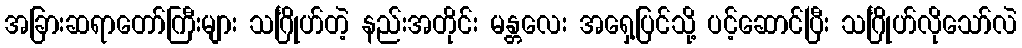
အခြားဆရာတော်ကြီးများ သင်္ဂြိုဟ်တဲ့ နည်းအတိုင်း မန္တလေး အရှေ့ပြင်သို့ ပင့်ဆောင်ပြီး သင်္ဂြိုဟ်လိုသော်လဲ